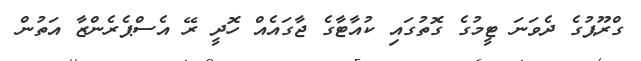
ގްރޫޕުގެ ދެވަނަ ޓީމުގެ ގޮތުގައި ކުއާޓާގެ ޖާގައެއް ހޮދީ ރޭ އެސްޕެރެންޒާ އަތުން